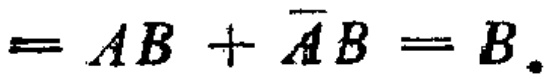
$= AB + \overline{A}B = B.$